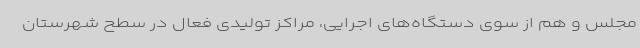
مجلس و هم از سوی دستگاه‌های اجرایی، مراکز تولیدی فعال در سطح شهرستان